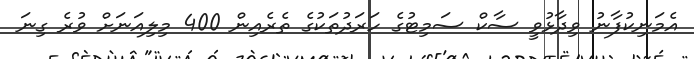
އެމަނިކުފާނު ވިދާޅުވީ ސާކް ސަމިޓުގެ ހަރަދުތަކުގެ ތެރެއިން 400 މިލިއަނަށް ވުރެ ގިނަ